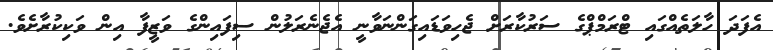
އެފަދަ ހާލަތެއްގައި ޓްރަމްޕްގެ ސަރުކާރަށް ޖެހިވަޑައިގަންނަވާނީ އެޖެނެރަލުން ސިފައިންގެ ވަޒީފާ އިން ވަކިކުރާށެވެ.